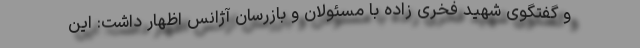
و گفتگوی شهید فخری زاده با مسئولان و بازرسان آژانس اظهار داشت: این